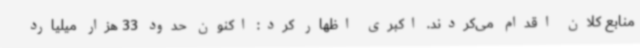
منابع کلان اقدام می‌کردند. اکبری اظهار کرد: اکنون حدود 33 هزار میلیارد